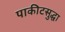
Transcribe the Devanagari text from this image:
पाकीटसुद्धा